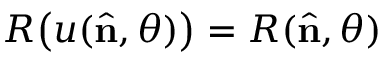
R \bigl ( u ( { \hat { \mathbf { n } } } , \theta ) \bigr ) = R ( { \hat { \mathbf { n } } } , \theta )